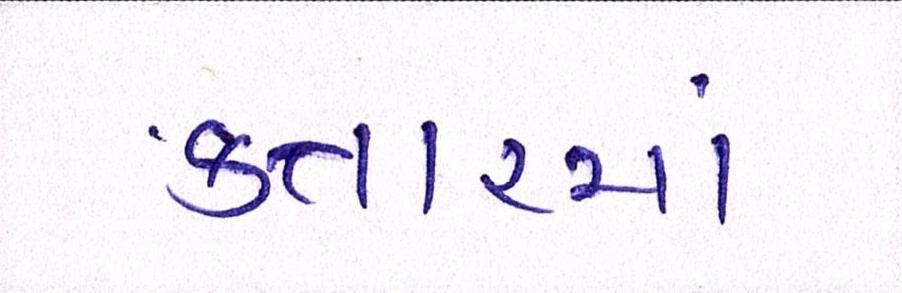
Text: કતારમાં